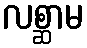
လစ္ဆာမ